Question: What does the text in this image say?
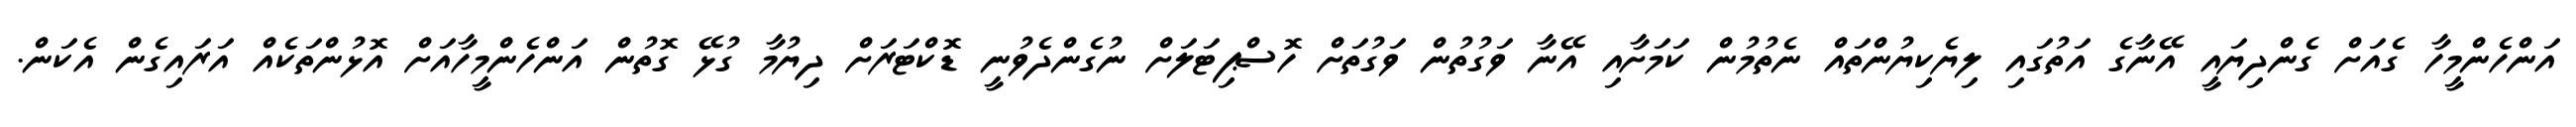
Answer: އަންހެންމީހާ ގެއަށް ގެންދިޔައީ އޭނާގެ އަތުގައި ލިޔެކިޔުންތައް ނެތުމުން ކަމަށާއި އޭނާ ވަގުތުން ވަގުތަށް ހޮސްޕިޓަލަށް ނުގެންދެވުނީ ޑޮކްޓަރަށް ދިޔުމާ ގުޅޭ ގޮތުން އަންހެންމީހާއަށް އޮޅުންތަކެއް އަރައިގެން އެކަން.